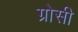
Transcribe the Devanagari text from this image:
ग्रोसी